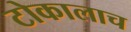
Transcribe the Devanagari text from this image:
टोकालाच